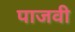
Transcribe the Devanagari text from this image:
पाजवी